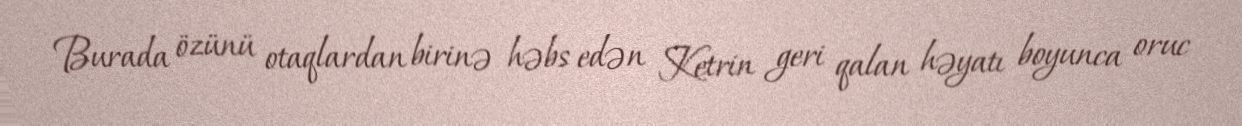
Burada özünü otaqlardan birinə həbs edən Ketrin geri qalan həyatı boyunca oruc